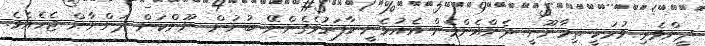
ދީންވެރި ވުމަކީ ތިމާނޫނީ ދެންއެންމެން އެއުޅެނީ ކާފަރުވެގެންނޭ ބުނުން ނޫންކަން ދަންނާން ޖެހެއެވެ.